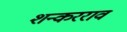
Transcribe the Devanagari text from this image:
शन्करराव